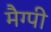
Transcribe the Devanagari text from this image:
मैग्पी